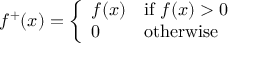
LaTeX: f ^ { + } ( x ) = \left\{ { \begin{array} { l l } { f ( x ) } & { { \mathrm { i f ~ } } f ( x ) > 0 } \\ { 0 } & { { \mathrm { o t h e r w i s e } } } \end{array} } \right.